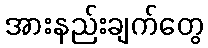
အားနည်းချက်တွေ